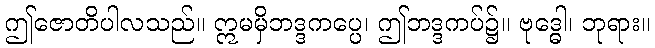
ဤဇောတိပါလသည်။ ဣမမှိဘဒ္ဒကပ္ပေ၊ ဤဘဒ္ဒကပ်၌။ ဗုဒ္ဓေါ၊ ဘုရား။